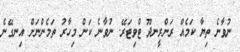
ނުވާނެ ތިޔާ ކަމެއް ރަންރީނދޫ ޓްވިޓަރޭ. ނުވާނެ ކަން މިހާރު ތަމެންނަށް އިނގޭނެ